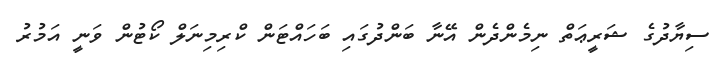
ސިޔާދުގެ ޝަރީޢަތް ނިމެންދެން އޭނާ ބަންދުގައި ބަހައްޓަން ކްރިމިނަލް ކޯޓުން ވަނީ އަމުރު